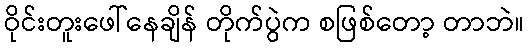
ဝိုင်းတူးဖေါ်နေချိန် တိုက်ပွဲက စဖြစ်တော့ တာဘဲ။